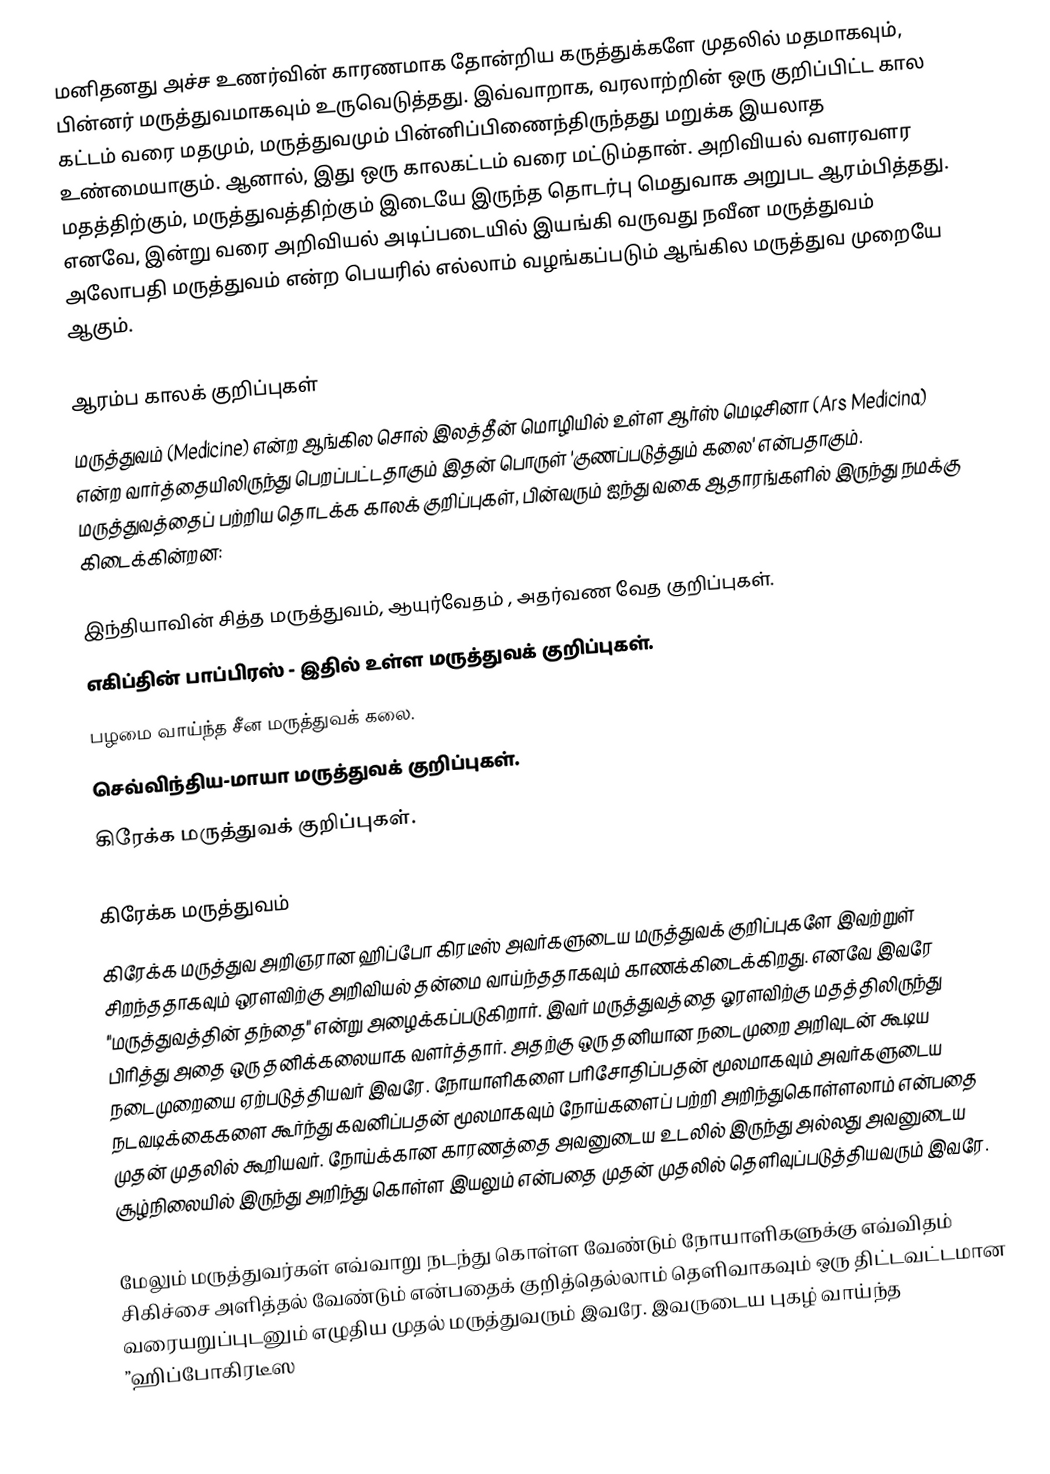
மனிதனது அச்ச உணர்வின் காரணமாக தோன்றிய கருத்துக்களே முதலில் மதமாகவும், பின்னர் மருத்துவமாகவும் உருவெடுத்தது. இவ்வாறாக, வரலாற்றின் ஒரு குறிப்பிட்ட கால கட்டம் வரை மதமும், மருத்துவமும் பின்னிப்பிணைந்திருந்தது மறுக்க இயலாத உண்மையாகும்.  ஆனால், இது ஒரு காலகட்டம் வரை மட்டும்தான்.  அறிவியல் வளரவளர மதத்திற்கும், மருத்துவத்திற்கும் இடையே இருந்த தொடர்பு மெதுவாக அறுபட ஆரம்பித்தது.  எனவே, இன்று வரை அறிவியல் அடிப்படையில் இயங்கி வருவது நவீன மருத்துவம் அலோபதி மருத்துவம் என்ற பெயரில் எல்லாம் வழங்கப்படும் ஆங்கில மருத்துவ முறையே ஆகும்.

ஆரம்ப காலக் குறிப்புகள்
மருத்துவம் (Medicine) என்ற ஆங்கில சொல் இலத்தீன் மொழியில் உள்ள ஆர்ஸ் மெடிசினா (Ars Medicina) என்ற வார்த்தையிலிருந்து பெறப்பட்டதாகும் இதன் பொருள் 'குணப்படுத்தும் கலை' என்பதாகும். மருத்துவத்தைப் பற்றிய தொடக்க காலக் குறிப்புகள், பின்வரும் ஐந்து வகை ஆதாரங்களில் இருந்து நமக்கு கிடைக்கின்றன:

இந்தியாவின் சித்த மருத்துவம், ஆயுர்வேதம் , அதர்வண வேத குறிப்புகள்.
எகிப்தின் பாப்பிரஸ் - இதில் உள்ள மருத்துவக் குறிப்புகள்.
பழமை வாய்ந்த சீன மருத்துவக் கலை.
செவ்விந்திய-மாயா மருத்துவக் குறிப்புகள்.
கிரேக்க மருத்துவக் குறிப்புகள்.

கிரேக்க மருத்துவம்
கிரேக்க மருத்துவ அறிஞரான  ஹிப்போ கிரடீஸ் அவர்களுடைய மருத்துவக் குறிப்புகளே இவற்றுள் சிறந்ததாகவும் ஒரளவிற்கு அறிவியல் தன்மை வாய்ந்ததாகவும் காணக்கிடைக்கிறது.  எனவே இவரே "மருத்துவத்தின் தந்தை" என்று அழைக்கப்படுகிறார். இவர் மருத்துவத்தை ஓரளவிற்கு மதத்திலிருந்து பிரித்து அதை ஒரு தனிக்கலையாக வளர்த்தார். அதற்கு ஒரு தனியான நடைமுறை அறிவுடன் கூடிய நடைமுறையை ஏற்படுத்தியவர் இவரே. நோயாளிகளை பரிசோதிப்பதன்  மூலமாகவும் அவர்களுடைய நடவடிக்கைகளை கூர்ந்து கவனிப்பதன் மூலமாகவும் நோய்களைப் பற்றி அறிந்துகொள்ளலாம் என்பதை முதன் முதலில் கூறியவர். நோய்க்கான காரணத்தை அவனுடைய  உடலில் இருந்து அல்லது அவனுடைய சூழ்நிலையில் இருந்து அறிந்து கொள்ள இயலும் என்பதை முதன் முதலில் தெளிவுப்படுத்தியவரும் இவரே.

மேலும் மருத்துவர்கள் எவ்வாறு நடந்து கொள்ள வேண்டும் நோயாளிகளுக்கு எவ்விதம் சிகிச்சை அளித்தல் வேண்டும் என்பதைக் குறித்தெல்லாம் தெளிவாகவும் ஒரு திட்டவட்டமான  வரையறுப்புடனும் எழுதிய முதல் மருத்துவரும் இவரே. இவருடைய புகழ் வாய்ந்த  ”ஹிப்போகிரடீஸ